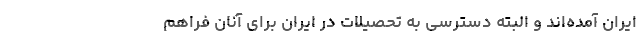
ایران آمده‌اند و البته دسترسی به تحصیلات در ایران برای آنان فراهم